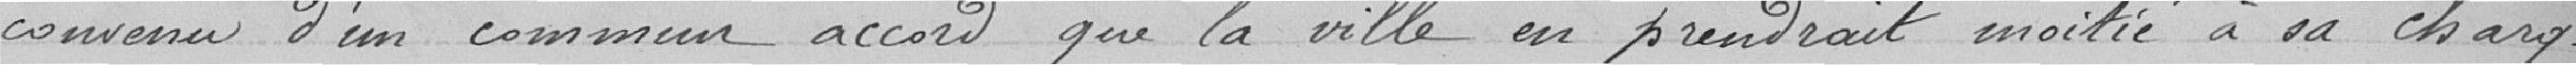
convenu d'un commun accord que la Ville en prendrait moitié à sa charge